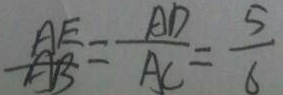
\frac { A E } { A B } = \frac { A D } { A C } = \frac { 5 } { 6 }